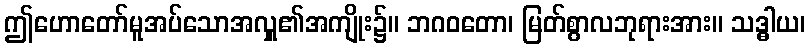
ဤဟောတော်မူအပ်သောအလှူ၏အကျိုး၌။ ဘဂဝတော၊ မြတ်စွာလဘုရားအား။ သဒ္ဓါယ၊